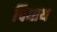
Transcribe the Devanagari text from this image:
घियाथ